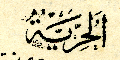
اَلحُرِيّةُ